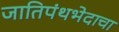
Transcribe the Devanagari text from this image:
जातिपंथभेदाचा